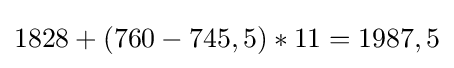
1828+(760-745,5)*11=1987,5